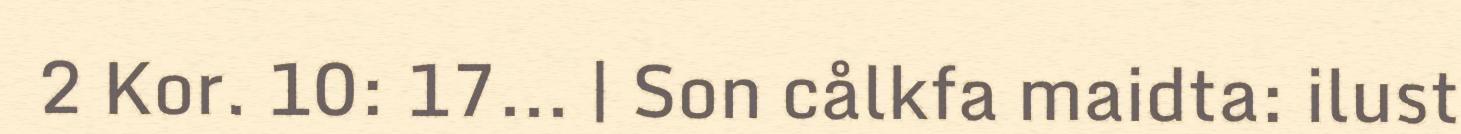
2 Kor. 10: 17... | Son cålkfa maidta: ilust